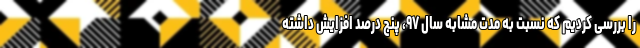
را بررسی کردیم که نسبت به مدت مشابه سال ۹۷، پنج درصد افزایش داشته